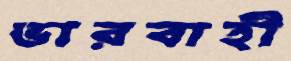
ভারবাহী